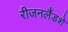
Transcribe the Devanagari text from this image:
रीजनलैंडशे